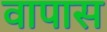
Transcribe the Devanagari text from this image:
वापास